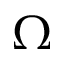
\Omega